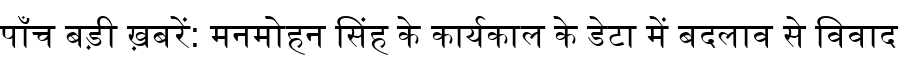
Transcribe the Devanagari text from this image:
पाँच बड़ी ख़बरें: मनमोहन सिंह के कार्यकाल के डेटा में बदलाव से विवाद